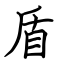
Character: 盾